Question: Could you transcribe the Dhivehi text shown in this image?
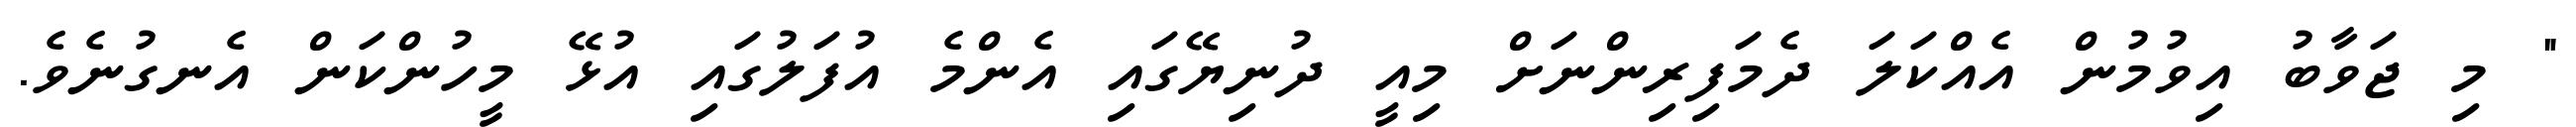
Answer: " މި ޖަވާބު އިވުމުން އެއްކަލަ ދެމަފިރިންނަށް މިއީ ދުނިޔޭގައި އެންމެ އުފަލުގައި އުޅޭ މީހުންކަން އެނގުނެވެ.